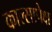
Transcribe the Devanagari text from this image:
काल्सापेक्ष